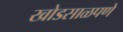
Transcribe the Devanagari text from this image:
खोडसाळपणे